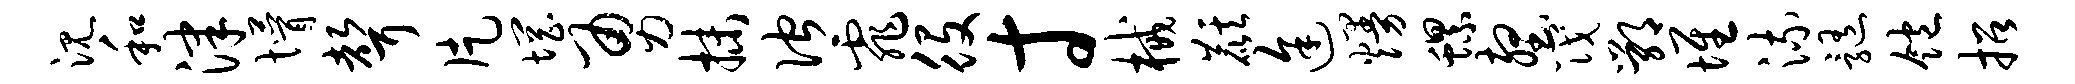
沉和津懵声片惘勇抹伫霏役寸械麒途熳螺壑筏鄂堆流髓饱招